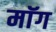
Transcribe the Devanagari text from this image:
माॅग